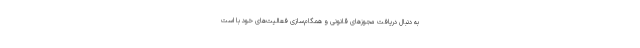
به دنبال دریافت مجوزهای قانونی و همگام‌سازی فعالیت‌های خود با است